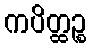
ကပိတ္ထဉ္စ